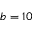
b = 1 0